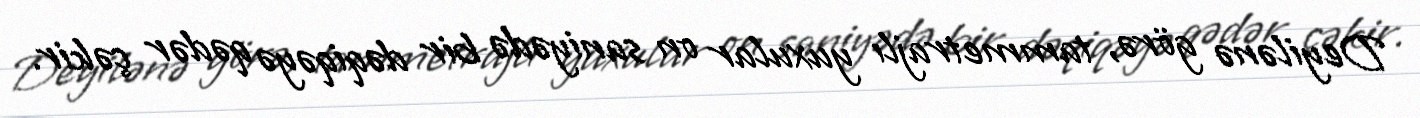
Deyilənə görə, tammetrajlı yuxular on saniyədə bir dəqiqəyə qədər çəkir.